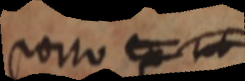
porro ex